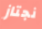
نجتاز